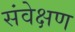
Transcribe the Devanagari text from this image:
संवेक्षण